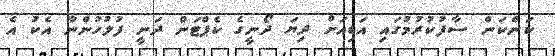
ކަންކަން ސާފުކުރުމުގައި އަޑިއަށް ދިޔަ ދޯނީގެ ކެޕްޓަން ދަނީ ފުލުހުންނާ އެކު އެ